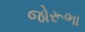
જોરૂભા